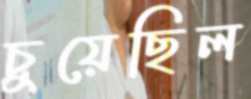
চুয়েছিল